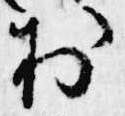
於